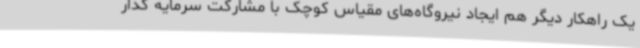
یک راهکار دیگر هم ایجاد نیروگاه‌های مقیاس کوچک با مشارکت سرمایه گذار